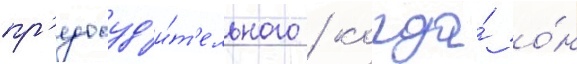
пр'едосуд'и́т'ельного / когда́ о́н